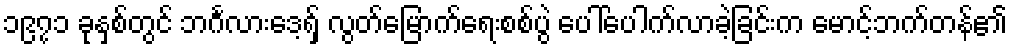
၁၉၇၁ ခုနှစ်တွင် ဘင်္ဂလားဒေ့ရှ် လွတ်မြောက်ရေးစစ်ပွဲ ပေါ်ပေါက်လာခဲ့ခြင်းက မောင့်ဘက်တန်၏